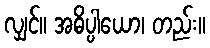
လျှင်။ အဓိပ္ပါယော၊ တည်း။